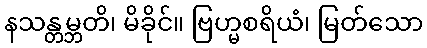
နသန္တမ္ဘတိ၊ မိခိုင်။ ဗြဟ္မစရိယံ၊ မြတ်သော